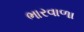
ભારવાળા